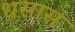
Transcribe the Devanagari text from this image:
धसास